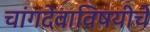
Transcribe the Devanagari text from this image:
चांगदेवाविषयीचे